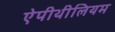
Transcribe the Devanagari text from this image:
ऐपीथीलियम